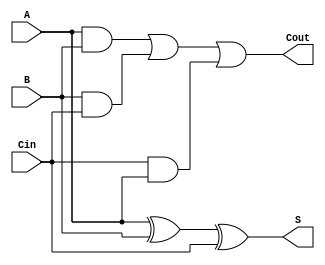
module FullAdder (
    input wire A,      // First binary digit
    input wire B,      // Second binary digit
    input wire Cin,    // Carry-in from the previous less significant bit
    output wire S,     // Sum output
    output wire Cout   // Carry-out to the next more significant bit
);

// Compute the sum output using XOR gates
assign S = A ^ B ^ Cin;

// Compute the carry-out using AND and OR gates
assign Cout = (A & B) | (B & Cin) | (Cin & A);

endmodule